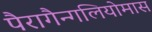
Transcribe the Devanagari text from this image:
पैरागैन्गलियोमास